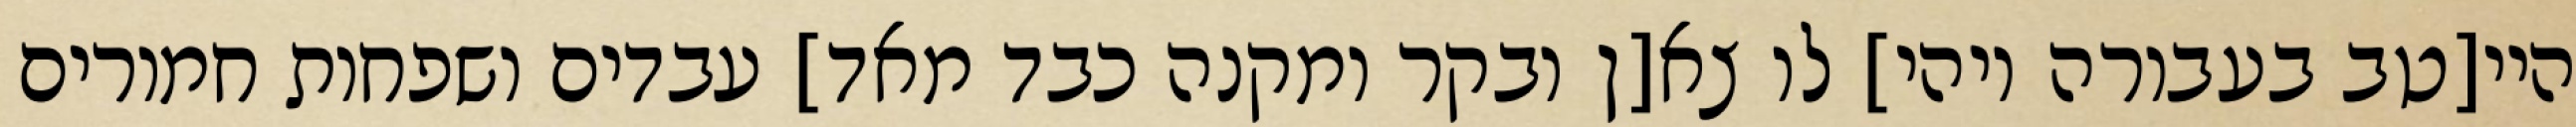
היי[טב בעבורה ויהי] לו צא[ן ובקר ומקנה כבד מאד] עבדים ושפחות חמורים